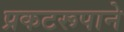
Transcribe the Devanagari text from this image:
प्रकटरूपाने